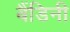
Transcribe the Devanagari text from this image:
बैंडिनी